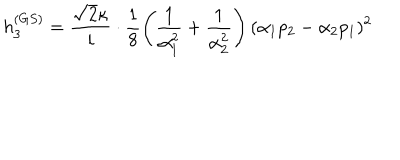
h _ { 3 } ^ { ( G S ) } = \frac { \sqrt { 2 } \kappa } { i } \cdot \frac { 1 } { 8 } \left( \frac { 1 } { \alpha _ { 1 } ^ { 2 } } + \frac { 1 } { \alpha _ { 2 } ^ { 2 } } \right) ( \alpha _ { 1 } p _ { 2 } - \alpha _ { 2 } p _ { 1 } ) ^ { 2 } ~